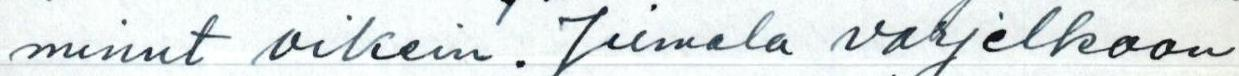
minut oikein. Jumala varjelkoon